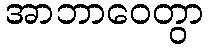
အာဘာဝေတွာ